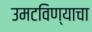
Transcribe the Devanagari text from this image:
उमटविण्याचा